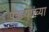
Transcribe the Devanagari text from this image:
पुनव्याख्या